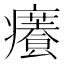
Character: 𤻰